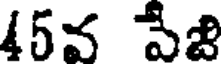
45వ పేబి